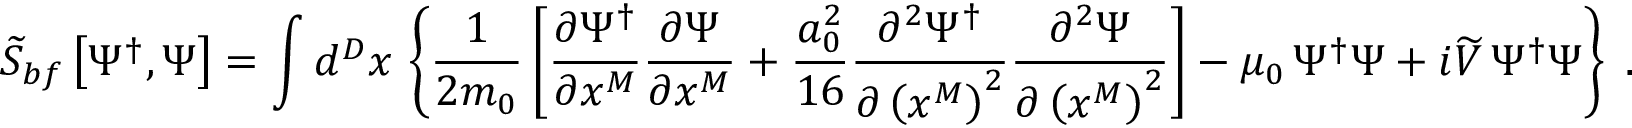
\widetilde { S } _ { b f } \left[ \Psi ^ { \dagger } , \Psi \right] = \int d ^ { D } x \, \left\{ \frac { 1 } { 2 m _ { 0 } } \left[ \frac { \partial \Psi ^ { \dagger } } { \partial x ^ { M } } \frac { \partial \Psi } { \partial x ^ { M } } + \frac { a _ { 0 } ^ { 2 } } { 1 6 } \frac { \partial ^ { 2 } \Psi ^ { \dagger } } { \partial \left( x ^ { M } \right) ^ { 2 } } \frac { \partial ^ { 2 } \Psi } { \partial \left( x ^ { M } \right) ^ { 2 } } \right] - \mu _ { 0 } \, \Psi ^ { \dagger } \Psi + i \widetilde { V } \, \Psi ^ { \dagger } \Psi \right\} \; .